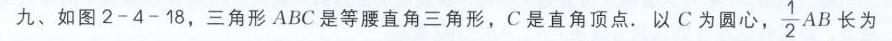
九、如图2 - 4 - 18，三角形 \(ABC\) 是等腰直角三角形，\(C\) 是直角顶点. 以 \(C\) 为圆心，\(\frac{1}{2}AB\) 长为